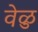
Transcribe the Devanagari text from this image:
वेळु